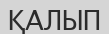
ҚАЛЫП